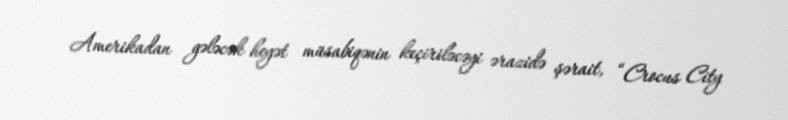
Amerikadan gələcək heyət müsabiqənin keçiriləcəyi ərazidə şərait, “Crocus City